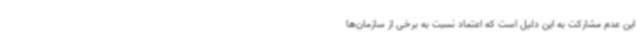
این عدم مشارکت به این دلیل است که اعتماد نسبت به برخی از سازمان‌ها